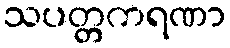
သပတ္တကရဏာ